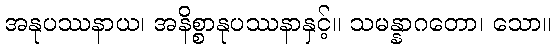
အနုပဿနာယ၊ အနိစ္စာနုပဿနာနှင့်။ သမန္နာဂတော၊ သော။